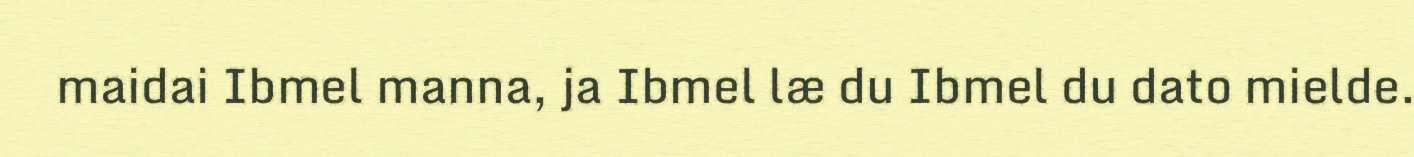
maidai Ibmel manna, ja Ibmel læ du Ibmel du dato mielde.